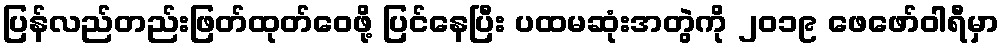
ပြန်လည်တည်းဖြတ်ထုတ်ဝေဖို့ ပြင်နေပြီး ပထမဆုံးအတွဲကို ၂၀၁၉ ဖေဖော်ဝါရီမှာ